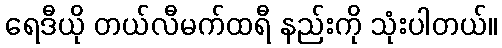
ရေဒီယို တယ်လီမက်ထရီ နည်းကို သုံးပါတယ်။